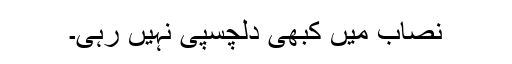
نصاب میں کبھی دلچسپی نہیں رہی۔